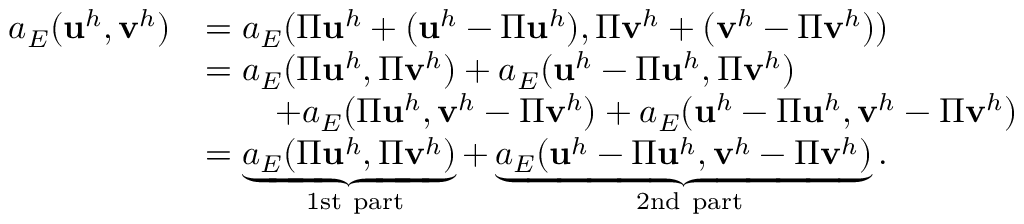
\begin{array} { r l } { a _ { E } ( \mathbf { u } ^ { h } , \mathbf { v } ^ { h } ) } & { = a _ { E } ( \Pi \mathbf { u } ^ { h } + ( \mathbf { u } ^ { h } - \Pi \mathbf { u } ^ { h } ) , \Pi \mathbf { v } ^ { h } + ( \mathbf { v } ^ { h } - \Pi \mathbf { v } ^ { h } ) ) } \\ & { = a _ { E } ( \Pi \mathbf { u } ^ { h } , \Pi \mathbf { v } ^ { h } ) + a _ { E } ( \mathbf { u } ^ { h } - \Pi \mathbf { u } ^ { h } , \Pi \mathbf { v } ^ { h } ) } \\ & { \quad \quad + a _ { E } ( \Pi \mathbf { u } ^ { h } , \mathbf { v } ^ { h } - \Pi \mathbf { v } ^ { h } ) + a _ { E } ( \mathbf { u } ^ { h } - \Pi \mathbf { u } ^ { h } , \mathbf { v } ^ { h } - \Pi \mathbf { v } ^ { h } ) } \\ & { = \underbrace { a _ { E } ( \Pi \mathbf { u } ^ { h } , \Pi \mathbf { v } ^ { h } ) } _ { \mathrm { \normalfont ~ 1 s t ~ p a r t } } + \underbrace { a _ { E } ( \mathbf { u } ^ { h } - \Pi \mathbf { u } ^ { h } , \mathbf { v } ^ { h } - \Pi \mathbf { v } ^ { h } ) } _ { \mathrm { \normalfont ~ 2 n d ~ p a r t } } . } \end{array}